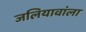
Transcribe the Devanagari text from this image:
जलियावांला